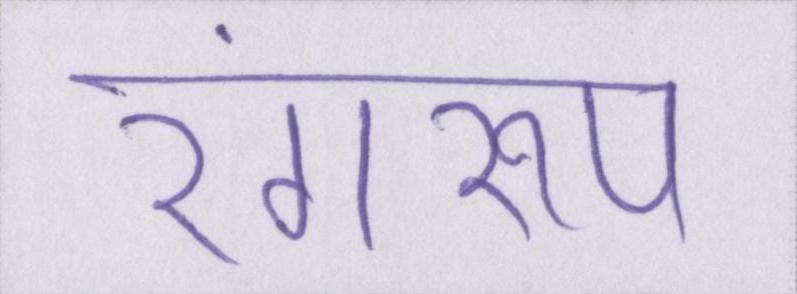
रंगरूप